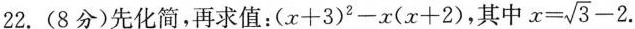
22.(8分)先化简，再求值：$$( x+ 3 ) ^ { 2 } - x ( x + 2 )$$，其中 $$x = \sqrt { 3 } - 2 $$.